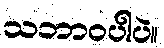
သဘာဝပါပဲ။